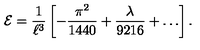
{ \cal E } = \frac { 1 } { \ell ^ { 3 } } \left[ - \frac { \pi ^ { 2 } } { 1 4 4 0 } + \frac { \lambda } { 9 2 1 6 } + \ldots \right] .